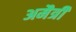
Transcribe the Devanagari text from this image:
अमैत्री